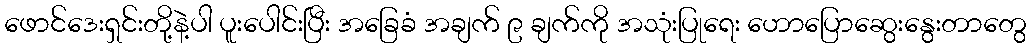
ဖောင်ဒေးရှင်းတို့နဲ့ပါ ပူးပေါင်းပြီး အခြေခံ အချက် ၉ ချက်ကို အသုံးပြုရေး ဟောပြောဆွေးနွေးတာတွေ